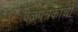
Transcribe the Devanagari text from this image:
वेळपत्रकाची